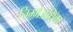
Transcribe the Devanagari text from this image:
निम्मेअधिक